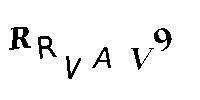
RRVAV9